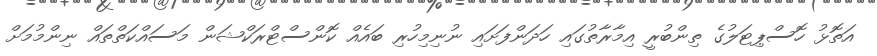
އަތޮޅު ހޮސްޕިޓަލުގެ ތިންބުރީ އިމާރާތުގައި ހަދަންފަށައި ނުނިމިހުރި ބައެއް ކޮންސްޓްރަކްޝަން މަސައްކަތްތައް ނިންމުމަށް